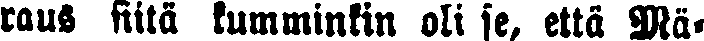
raus siitä kumminkin oli se, että Mä-